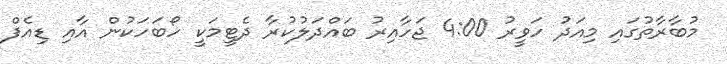
މުބާރާތުގައި މިއަދު ހަވީރު 4:00 ޖަހާއިރު ބައްދަލުކުރާ ދެޓީމަކީ ހޯބަހަކުން އާއި ޑިއެފް